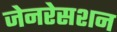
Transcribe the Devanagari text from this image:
जेनरेसशन